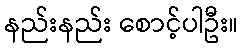
နည်းနည်း စောင့်ပါဦး။